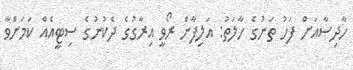
ހާދިސާއަށް ފަހު ތަނުގެ ހާލަތު: އަލިފާން ރޯވީ އިރާގުގެ ދެކުނުގެ ސިޓީއެއް ކަމަށްވާ